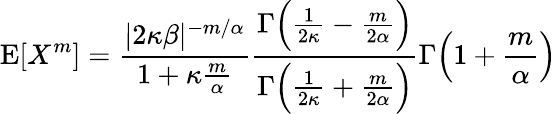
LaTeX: \operatorname{E}[X^{m}]={\frac{|2\kappa\beta|^{-m/\alpha}}{1+\kappa{\frac{m}{\alpha}}}}{\frac{\Gamma{\Big(}{\frac{1}{2\kappa}}-{\frac{m}{2\alpha}}{\Big)}}{\Gamma{\Big(}{\frac{1}{2\kappa}}+{\frac{m}{2\alpha}}{\Big)}}}\Gamma{\Big(}1+{\frac{m}{\alpha}}{\Big)}